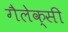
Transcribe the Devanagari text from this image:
गैलेक्‍सी